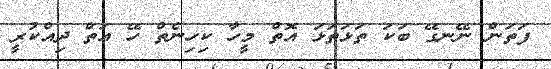
ފަތަން ނޭނގޭ ބަކަ ތަޅަތަޅަ އޮތް މީހާ ކިހިނެތް ހޭ އަތް ދިއްކުރީ